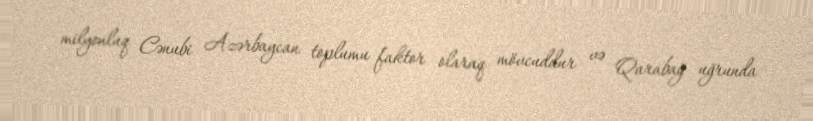
milyonluq Cənubi Azərbaycan toplumu faktor olaraq mövcuddur və Qarabağ uğrunda